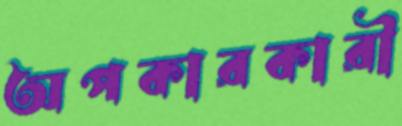
অপকারকারী